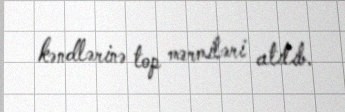
kəndlərinə top mərmiləri atılıb.